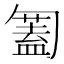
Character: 𠤅